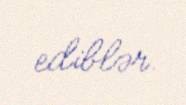
ediblər.